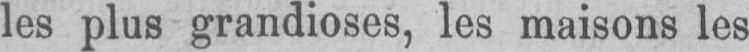
les plus grandioses, les maisons les